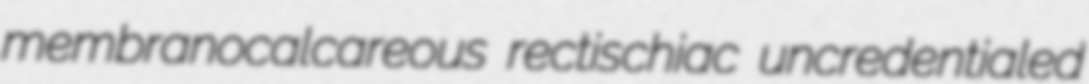
membranocalcareous rectischiac uncredentialed